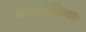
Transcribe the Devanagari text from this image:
मर्त्यायैलिवाः